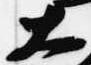
大